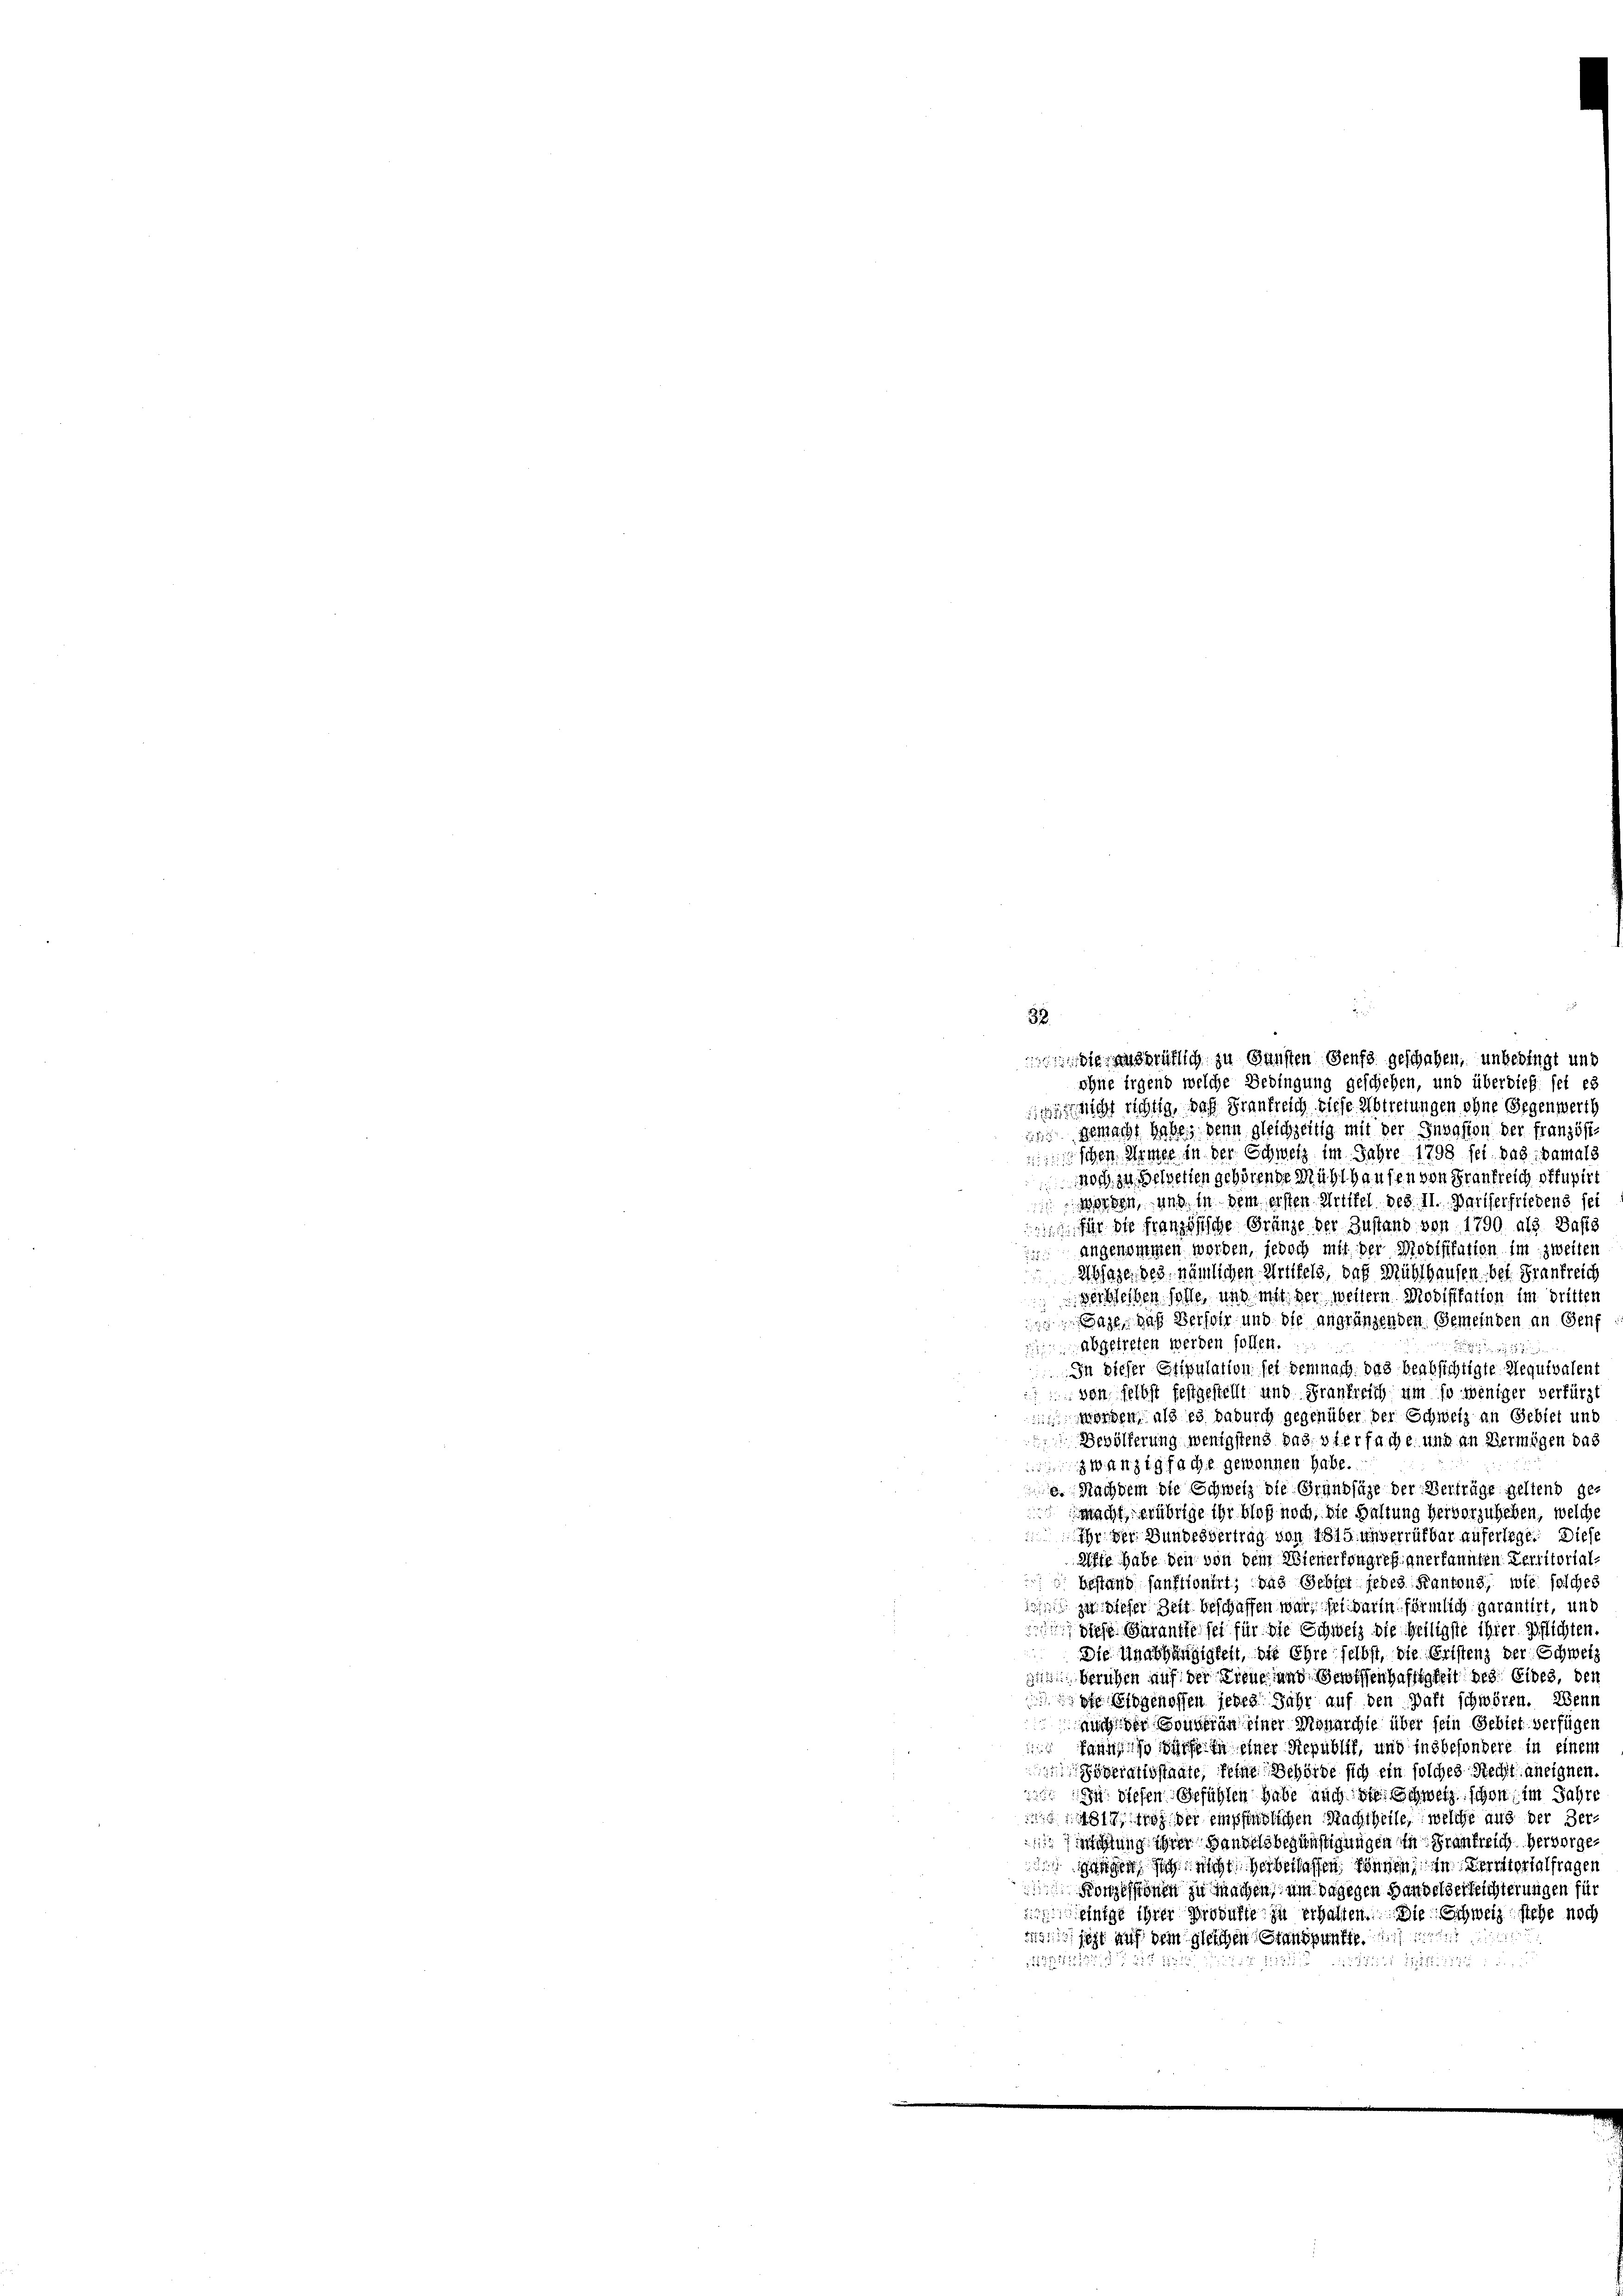
32.

die anheitlich zu Gunsten Genf geschehen, unbedingt und
ohne irgend welche Bedingung geschehen, und überdieß sei es
 nicht richtig, daß Frankreich diese Abtretungen ohne Gegenwerth
 gemacht habe, denn gleichzeitig mit der Invasion der französi-
schen Armee in der Schweiz im Jahre 1798 sei. das damals
noch zu Belverten gehörende Mühlhausen von Frankreich offupirt
worden, und in dem ersten Artikel des II. Pariserfriedens sei
 für die französische Gränze der Zustand von 1790 als Dass
 angenommen worden, jedoch mit der Modifikation im zweiten
Ablage des, nämlichen Artikels, daß Mühlhausen bei Frankreich
Verbleiben solle, und mit der weitern Modifikation im dritten

 Sage, das Versohn und die angränzenden Gemeinden an Genf
abgetreten werden sollen.
 188
In dieser Stipulation sei demnach das beabsichtigte Requivalent
von selbst festgestellt und Frankreich um so weniger verfürst
worden, als es dadurch gegenüber der Schweiz an Gebiet und
Bevölkerung wenigstens das vierfache und an Vermögen das
zwanzigfache gewonnen habe.
e. Nachdem die Schweiz die Grandjäge der Verträge geltend ge-
Macht, erübrige ihr bloß noch, die Haltung hervorzuheben, welche
ihr der Bundesvertrag von 1815 unverrüfbar auferlege. Diese
Riffe habe den von dem Wienerfragtes anerkannten Lerritorial-
bestand sanktionirt; das Gebiet jedes Kantons, wie solches
1 zu dieser Zeit beschaffen war, sei darin förmlich garantirt, und
 des Garantte sei für die Schweiz die Heiligste ihrer Pflichten.
Die Unabhängigkeit, die Ehre selbst, die Erstenz der Schweiz
 beruhen auf der Diene und eroffenhaftigkeit des Eides, den
of Eidgenoffen jedes Jahr auf den Saft schwören. Wenn
auch der Sonneren einer Monarchte über fein Gebiet verfügen
fannes würfe in einer Republik, und insbesondere in einem
gerativstaate, feine Behörde sich ein solches Recht aneignen.
In diesen Gefühlen habe auch die Schweiz schon im Jahre
 819 der empfindlichen Nachtheile, welche aus der Hertung ihrer Handelsbegünstigungen in Frankreich hervorge¬
 Gegen sich nicht verberlassen können, in Territorialfragen
Konzessionen zu machen, um dagegen Handel verleichterungen für
enige ihrer Produkte zu erhalten. Die Schweiz stehe noch
19 sehr auf dem gleichen Standpunkte.

212751512